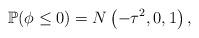
LaTeX: \begin{align*}\mathbb{P}(\phi\leq 0)=N\left(-\tau^2,0,1\right),\end{align*}